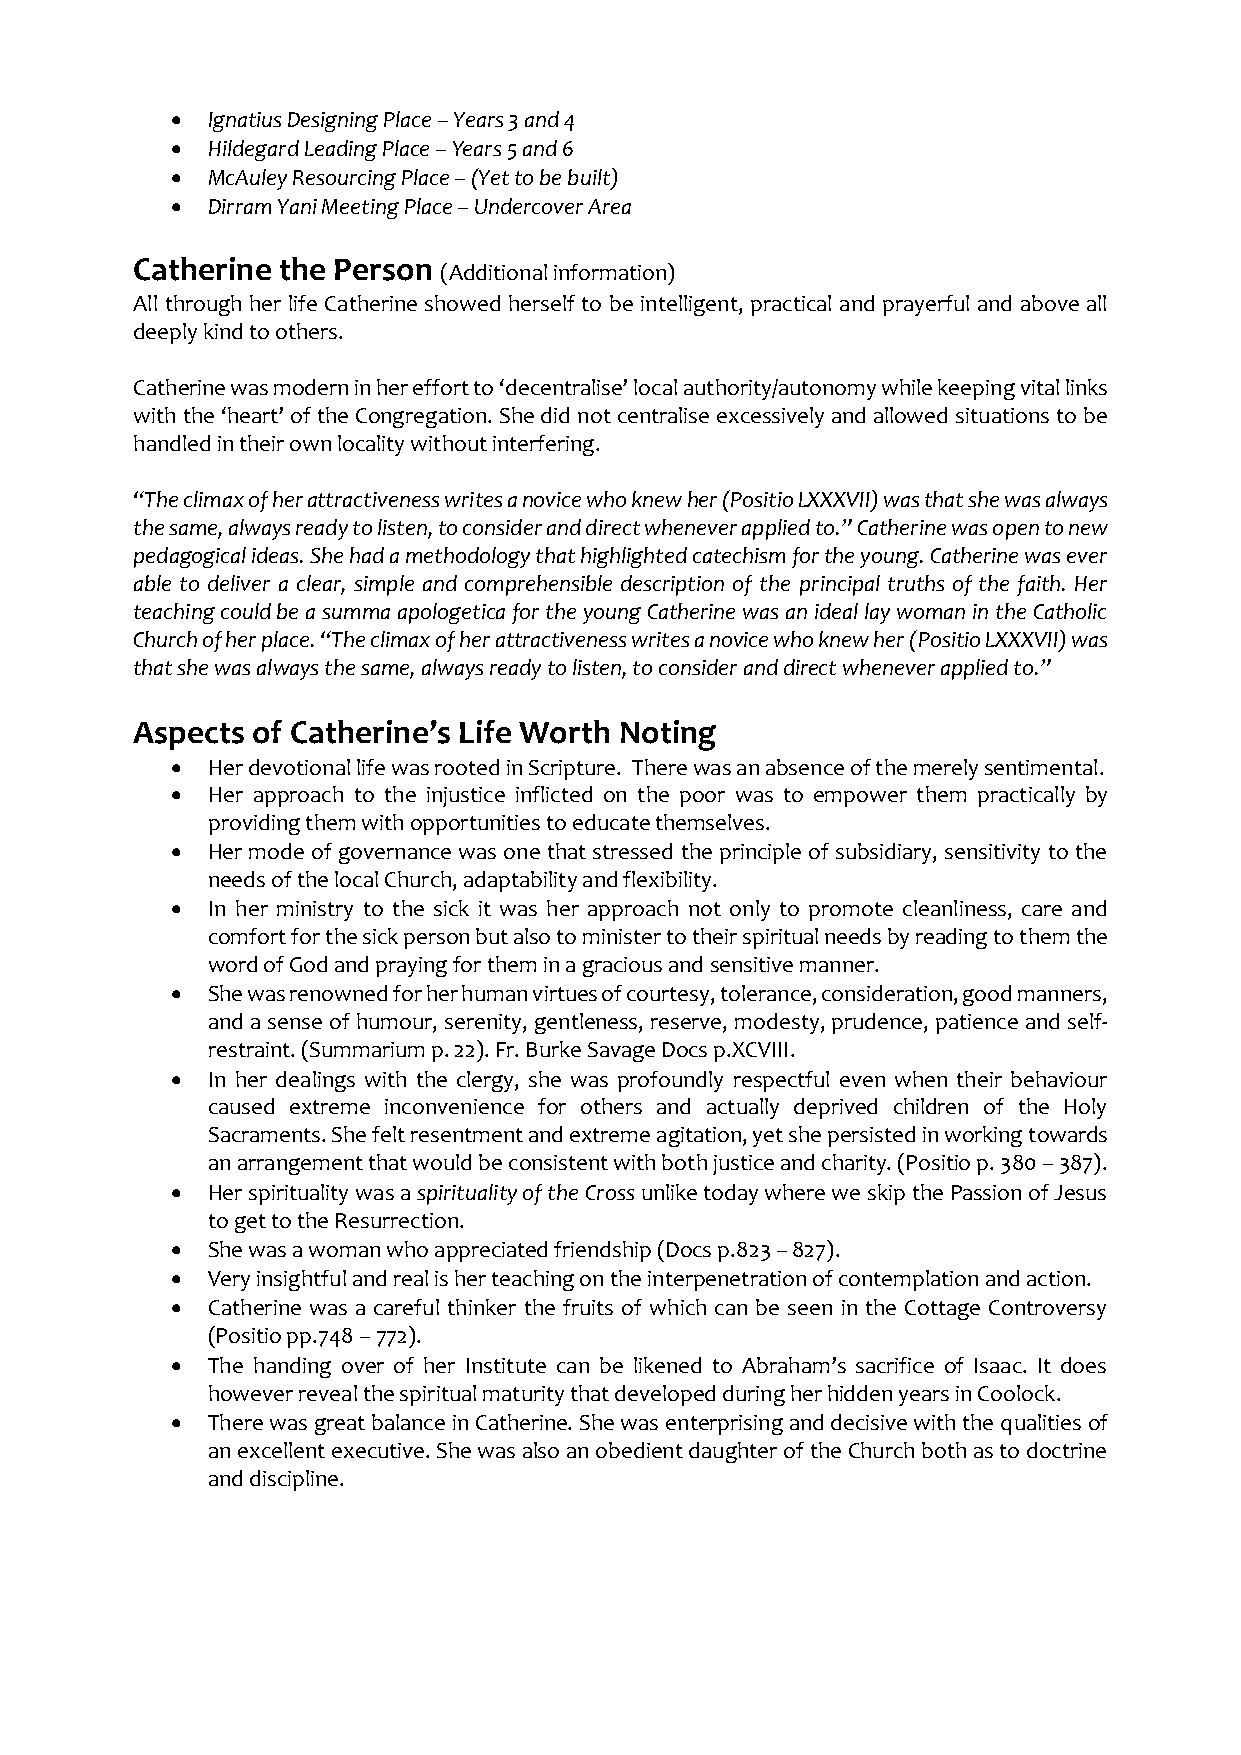
•  Ignatius Designing Place – Years 3 and 4
 •  Hildegard Leading Place – Years 5 and 6
 •  McAuley Resourcing Place – (Yet to be built)
 •  Dirram Yani Meeting Place – Undercover Area
 Catherine the Person
 (Additional information)
 All through her life Catherine showed herself to be intelligent, practical and prayerful and above all
 deeply kind to others.
 Catherine was modern in her effort to ‘decentralise’ local authority/autonomy while keeping vital links
 with the ‘heart’ of the Congregation. She did not centralise excessively and allowed situations to be
 handled in their own locality without interfering.
 “The climax of her attractiveness writes a novice who knew her (Positio LXXXVII) was that she was always
 the same, always ready to listen, to consider and direct whenever applied to.” Catherine was open to new
 pedagogical ideas. She had a methodology that highlighted catechism for the young. Catherine was ever
 able to deliver a clear, simple and comprehensible description of the principal truths of the faith. Her
 teaching could be a summa apologetica for the young Catherine was an ideal lay woman in the Catholic
 Church of her place. “The climax of her attractiveness writes a novice who knew her (Positio LXXXVII) was
 that she was always the same, always ready to listen, to consider and direct whenever applied to.”
 Aspects of Catherine’s Life Worth Noting
 •  Her devotional life was rooted in Scripture. There was an absence of the merely sentimental.
 •  Her approach to the injustice inflicted on the poor was to empower them practically by
 providing them with opportunities to educate themselves.
 •  Her mode of governance was one that stressed the principle of subsidiary, sensitivity to the
 needs of the local Church, adaptability and flexibility.
 •  In her ministry to the sick it was her approach not only to promote cleanliness, care and
 comfort for the sick person but also to minister to their spiritual needs by reading to them the
 word of God and praying for them in a gracious and sensitive manner.
 •  She was renowned for her human virtues of courtesy, tolerance, consideration, good manners,
 and a sense of humour, serenity, gentleness, reserve, modesty, prudence, patience and self-
 restraint. (Summarium p. 22). Fr. Burke Savage Docs p.XCVIII.
 •  In her dealings with the clergy, she was profoundly respectful even when their behaviour
 caused extreme inconvenience for others and actually deprived children of the Holy
 Sacraments. She felt resentment and extreme agitation, yet she persisted in working towards
 an arrangement that would be consistent with both justice and charity. (Positio p. 380 – 387).
 •  Her spirituality was a spirituality of the Cross unlike today where we skip the Passion of Jesus
 to get to the Resurrection.
 •  She was a woman who appreciated friendship (Docs p.823 – 827).
 •  Very insightful and real is her teaching on the interpenetration of contemplation and action.
 •  Catherine was a careful thinker the fruits of which can be seen in the Cottage Controversy
 (Positio pp.748 – 772).
 •  The handing over of her Institute can be likened to Abraham’s sacrifice of Isaac. It does
 however reveal the spiritual maturity that developed during her hidden years in Coolock.
 •  There was great balance in Catherine. She was enterprising and decisive with the qualities of
 an excellent executive. She was also an obedient daughter of the Church both as to doctrine
 and discipline.